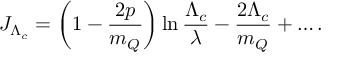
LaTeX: J _ { \Lambda _ { c } } = \left( 1 - \frac { 2 p } { m _ { Q } } \right) \ln \frac { \Lambda _ { c } } { \lambda } - \frac { 2 \Lambda _ { c } } { m _ { Q } } + \ldots .